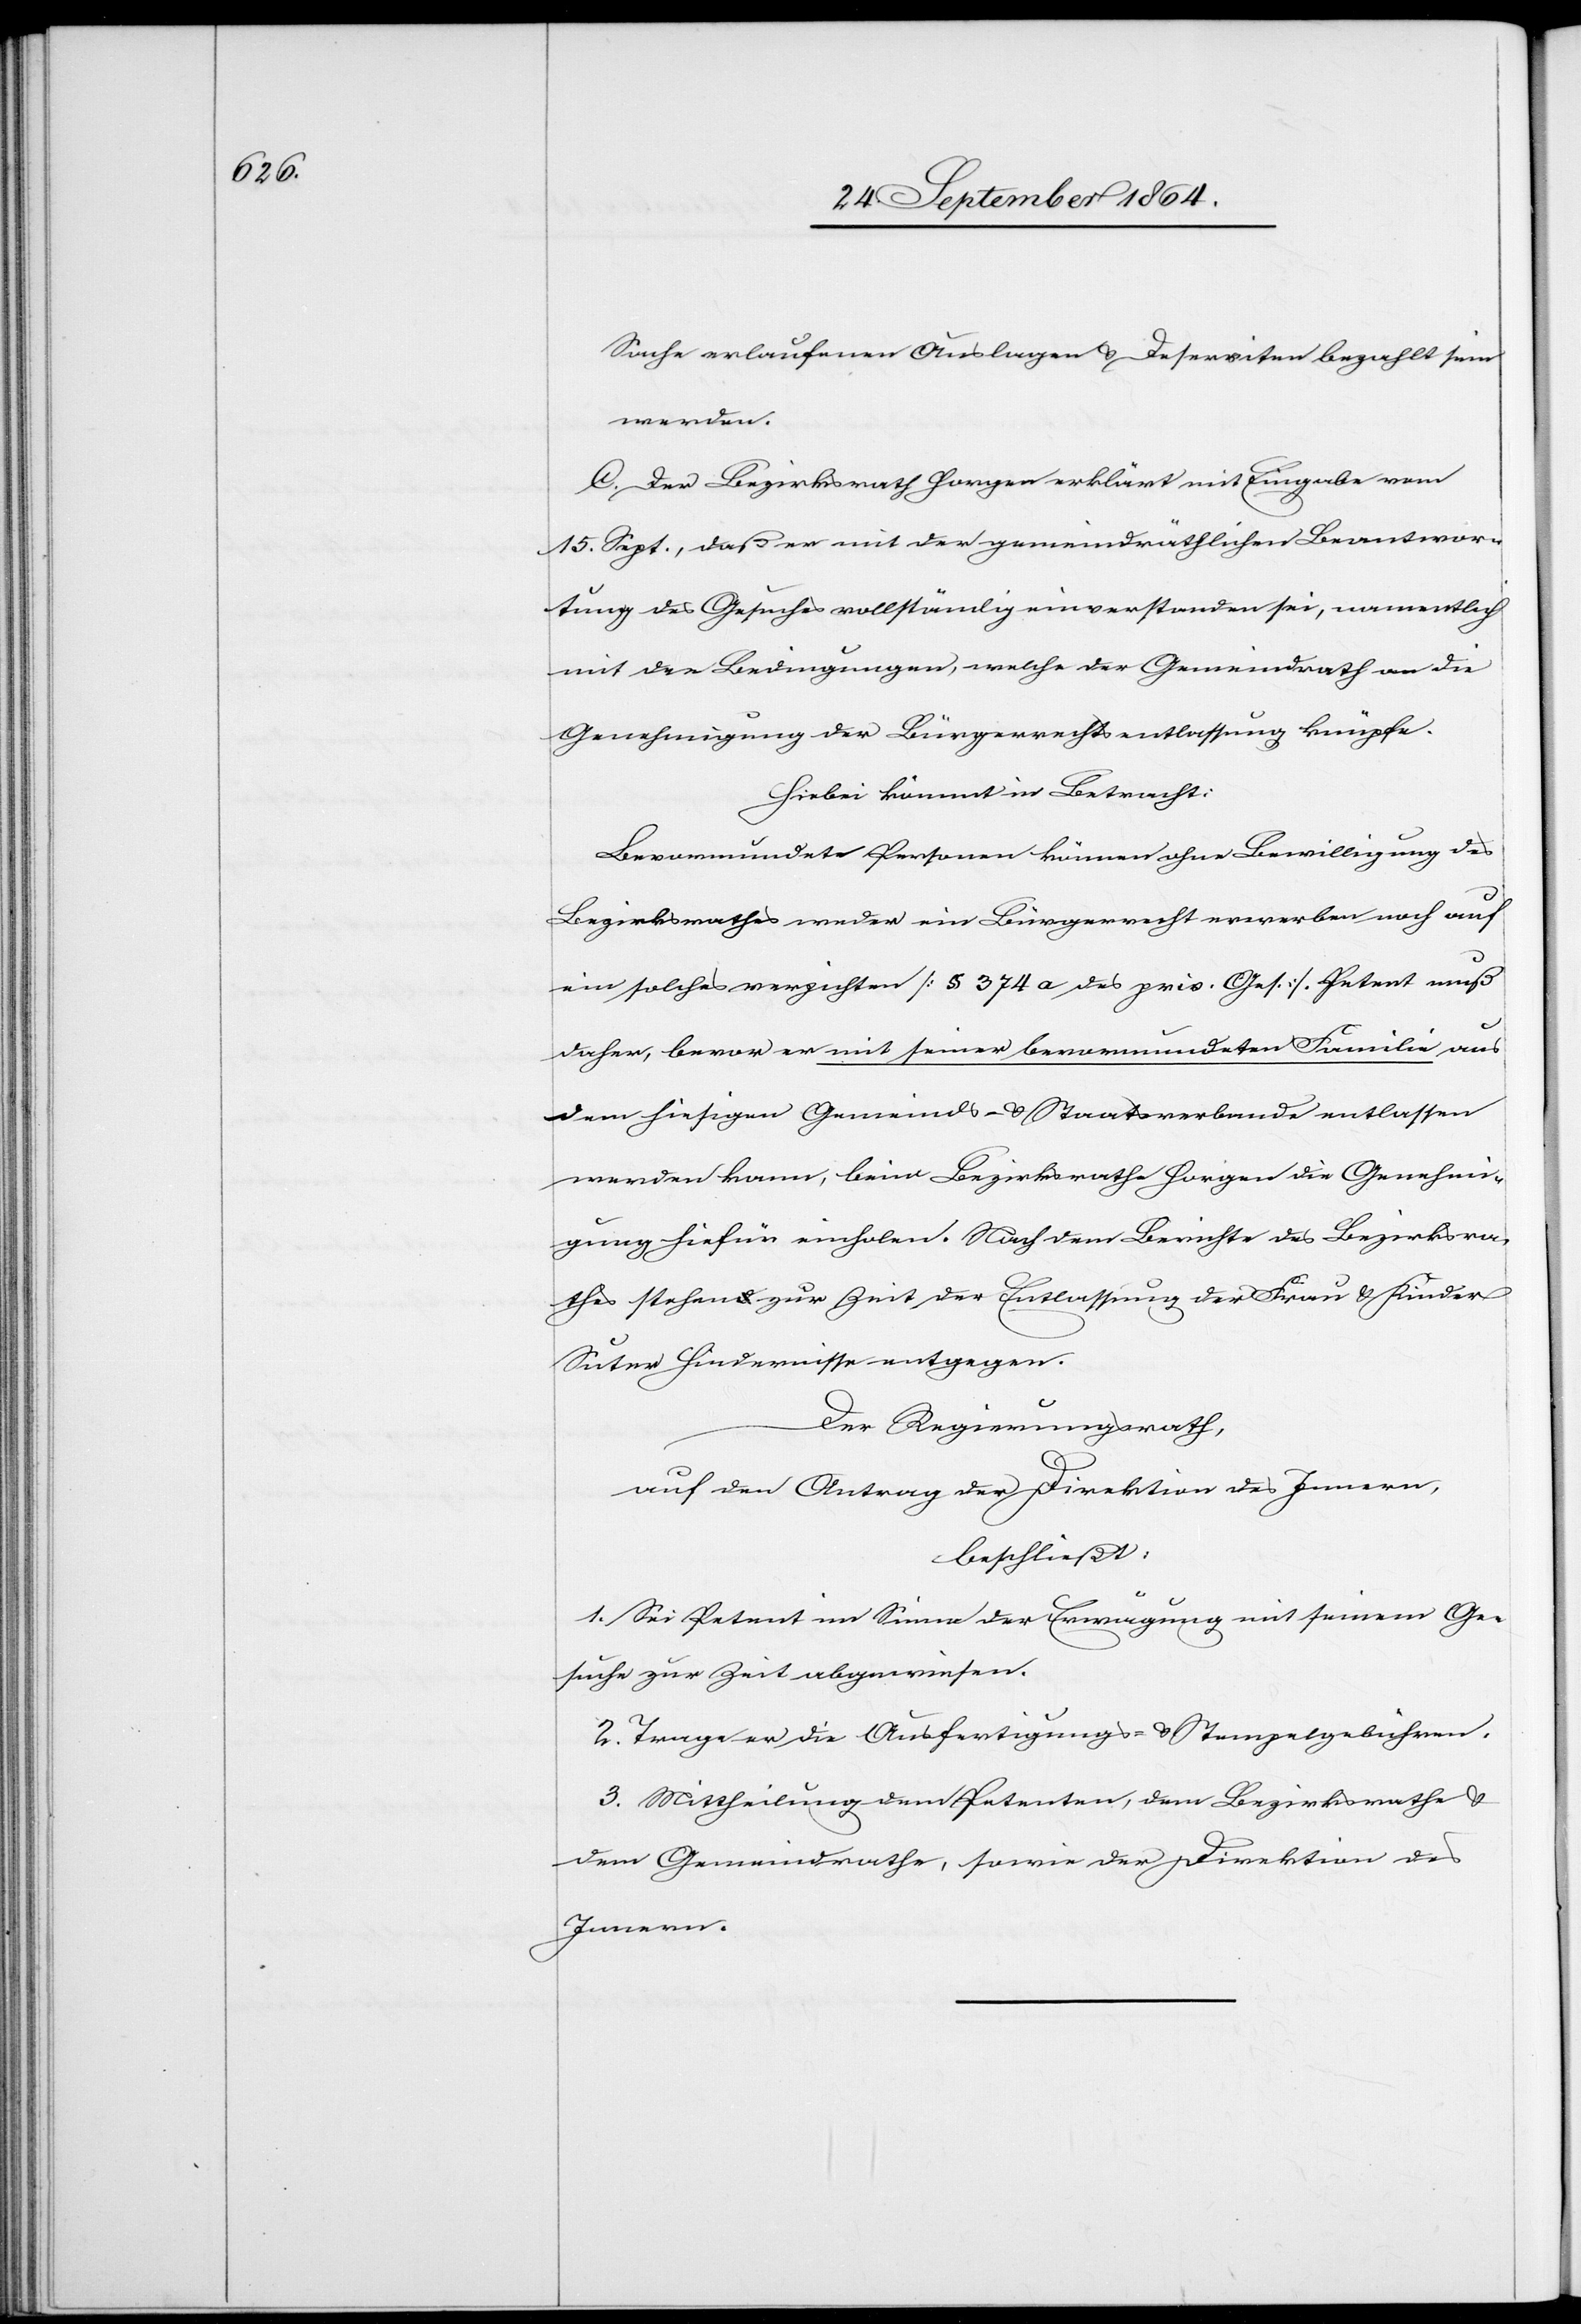
Sache erlaufenen Auslagen & Deserviten bezahlt sein
werden.
C. Der Bezirksrath Horgen erklärt mit Eingabe vom
15. Sept., daß er mit der gemeindräthlichen Beantwor¬
tung des Gesuches vollständig einverstanden sei, namentlich
mit den Bedingungen, welche der Gemeindrath an die
Genehmigung der Bürgerrechtsentlassung knüpfe.
Hiebei kommt in Betracht:
Bevormundete Personen können ohne Bewilligung des
Bezirksrathes weder ein Bürgerrecht erwerben noch auf
ein solches verzichten [§ 374a des priv. Ges]. Petent muß
daher, bevor er mit seiner bevormundeten Familie aus
dem hiesigen Gemeinds- & Staatsverbande entlassen
werden kann, beim Bezirksrathe Horgen die Genehmi¬
gung hiefür einholen. Nach dem Berichte des Bezirksra¬
thes stehen zur Zeit der Entlassung der Frau & Kinder
Suter Hindernisse entgegen.
Der Regierungsrath,
auf den Antrag der Direktion des Innern,
beschließt:
1. Sei Petent im Sinne der Erwägung mit seinem Ge¬
suche zur Zeit abgewiesen.
2. Trage er die Ausfertigungs- & Stempelgebühren.
3. Mittheilung dem Petenten, dem Bezirksrathe &
dem Gemeindrathe, sowie der Direktion des
Innern.